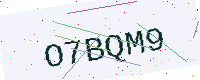
Text: O7BQM9